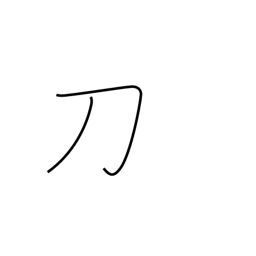
Meaning: saber